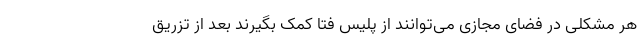
هر مشکلی در فضای مجازی می‌توانند از پلیس فتا کمک بگیرند بعد از تزریق